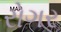
રોગર